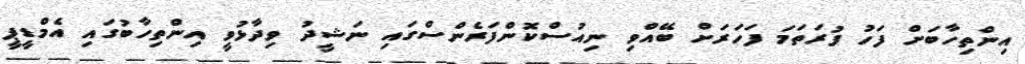
އިންތިހާބަށް ފަހު ފުރަތަމަ ފަހަރަށް ބޭއްވި ނިއުސްކޮންފަރެންސްގައި ނަޝީދު ވިދާޅުވީ އިންތިހާބުގައި އެމްޑީޕީ